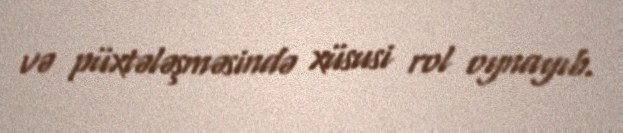
və püxtələşməsində xüsusi rol oynayıb.